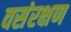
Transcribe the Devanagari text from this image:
वसंरक्षण